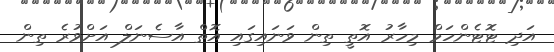
އަދި ޓޮޓެންހަމް މިހާރު އޮތީ ތިން ވަނައިގައި އޮތް އާސެނަލް އަށްވުރެ ތިން